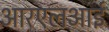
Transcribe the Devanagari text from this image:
आरएलआई